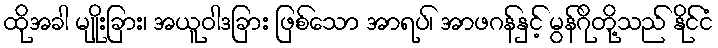
ထိုအခါ မျိုးခြား၊ အယူဝါဒခြား ဖြစ်သော အာရပ်၊ အာဖဂန်နှင့် မွန်ဂိုတို့သည် နိုင်ငံ